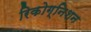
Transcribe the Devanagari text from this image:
रिकोग्निशन